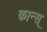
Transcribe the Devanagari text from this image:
कान्स्